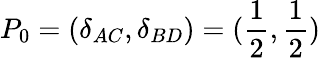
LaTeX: P_{0}=(\delta_{AC},\delta_{BD})=(\frac{1}{2},\frac{1}{2})